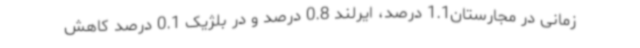
زمانی در مجارستان1.1 درصد، ایرلند 0.8 درصد و در بلژیک 0.1 درصد کاهش